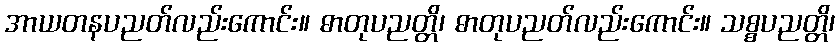
အာယတနပညတ်လည်းကောင်း။ ဓာတုပညတ္တိ၊ ဓာတုပညတ်လည်းကောင်း။ သစ္စပညတ္တိ၊